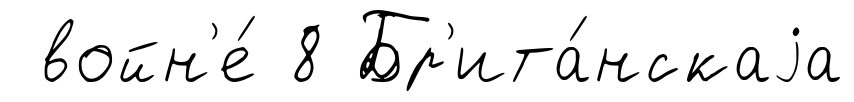
войн'е́ 8 Бр'ита́нскаjа